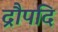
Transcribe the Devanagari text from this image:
द्रौपदि